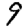
Digit: 9